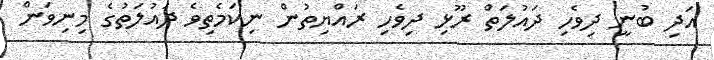
އަދި ބުނީ ދިވެހި ދައުލަތް ރޫޅި ދިވެހި ރައްޔިތުން ނިކަމެތިވެ ދައުލަތުގެ މިނިވަން